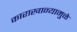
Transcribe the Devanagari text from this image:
काराखान्यामुळे